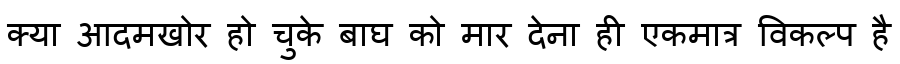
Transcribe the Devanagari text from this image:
क्या आदमखोर हो चुके बाघ को मार देना ही एकमात्र विकल्प है